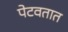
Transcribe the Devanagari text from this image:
पेटवतात